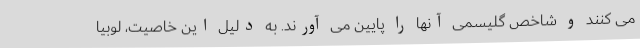
می کنند و شاخص گلیسمی آنها را پایین می آورند. به دلیل این خاصیت، لوبیا